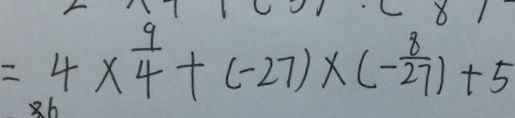
= 4 \times \frac { 9 } { 4 } + ( - 2 7 ) \times ( - \frac { 8 } { 2 7 } ) + 5